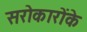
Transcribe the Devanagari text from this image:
सरोकारोंके